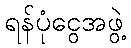
ရန်ပုံငွေအဖွဲ့